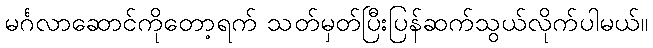
မင်္ဂလာဆောင်ကိုတော့ရက် သတ်မှတ်ပြီးပြန်ဆက်သွယ်လိုက်ပါမယ်။